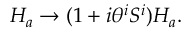
H _ { a } \to ( 1 + i \theta ^ { i } S ^ { i } ) H _ { a } .